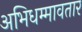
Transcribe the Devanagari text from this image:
अभिधम्मावतार